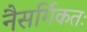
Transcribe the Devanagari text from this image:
नैसर्गिकतः